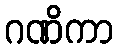
ဂဏိကာ